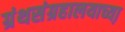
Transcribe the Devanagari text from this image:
ग्रंथसंग्रहालयाच्या़